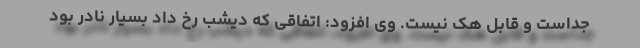
جداست و قابل هک نیست. وی افزود: اتفاقی که دیشب رخ داد بسیار نادر بود